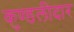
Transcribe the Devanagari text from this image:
कुण्डलीदार